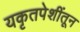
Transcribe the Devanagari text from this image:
यकृतपेशींतून